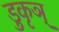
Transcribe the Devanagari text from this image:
डुकृञ्